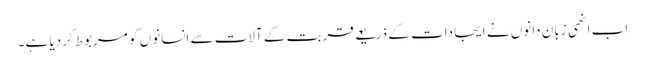
اب انھی زبان دانوں نے ایجادات کے ذریعے قربت کے آلات سے انسانوں کو مربوط کردیا ہے۔